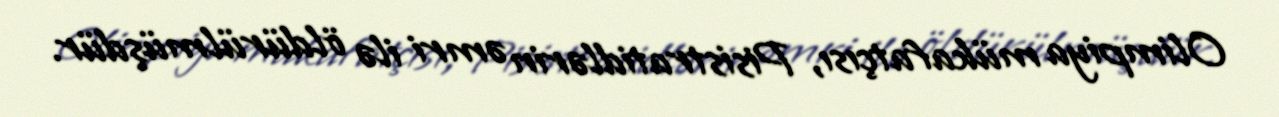
Olimpiya mükafatçısı, Pisistratidlərin əmri ilə öldürülmüşdür.